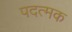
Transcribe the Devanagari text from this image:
पदत्मक